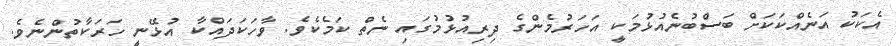
އެކަކު އަނެއްކަކަށް ބަސްބުނެއުޅުމަކީ އަހަރުމެންގެ ދިރިއުޅުމުގައި ނެތް ކަމެކެވެ. ވާހަކަދައްކާ އުޅޭނީ ހަރަކާތުންނެވެ.